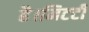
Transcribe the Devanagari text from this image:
है।मिटटी